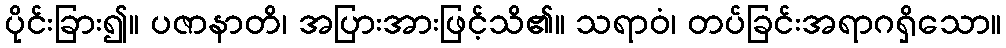
ပိုင်းခြား၍။ ပဇာနာတိ၊ အပြားအားဖြင့်သိ၏။ သရာဝံ၊ တပ်ခြင်းအရာဂရှိသော။